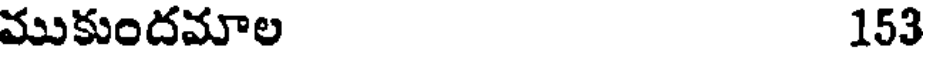
ముకుందమాల 153